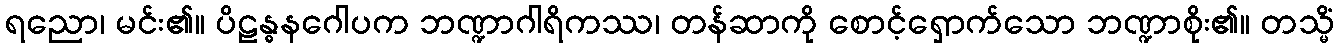
ရညော၊ မင်း၏။ ပိဠန္ဓနဂေါပက ဘဏ္ဍာဂါရိကဿ၊ တန်ဆာကို စောင့်ရှောက်သော ဘဏ္ဍာစိုး၏။ တသ္မိံ